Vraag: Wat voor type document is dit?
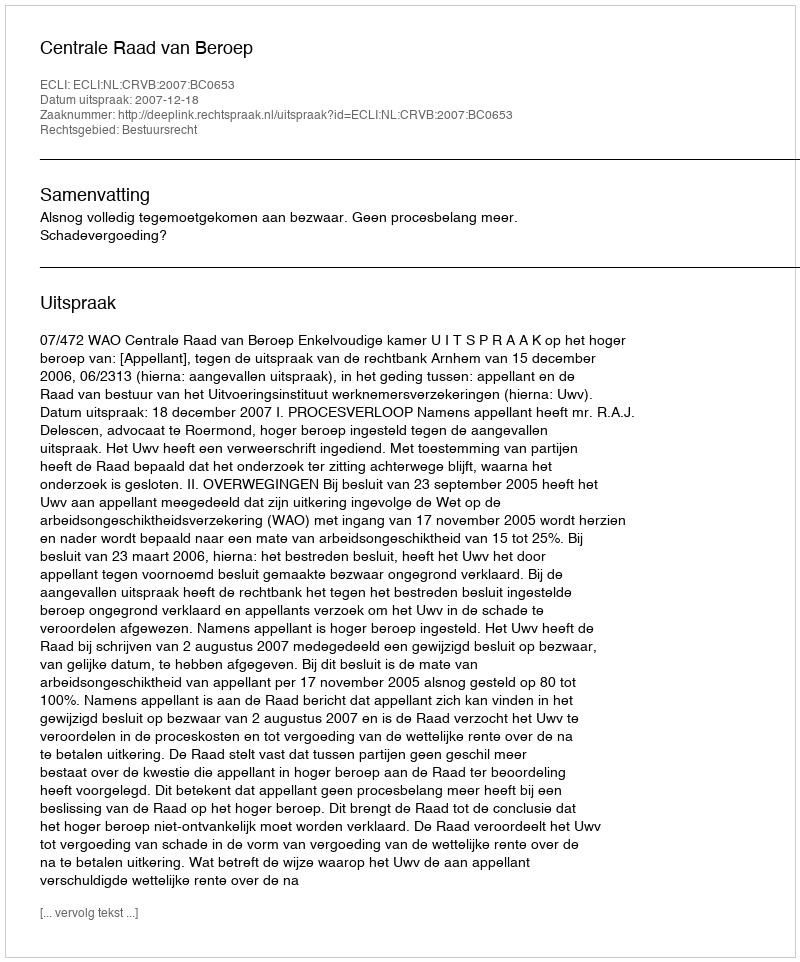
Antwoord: Uitspraak